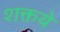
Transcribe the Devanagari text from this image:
शक्तये